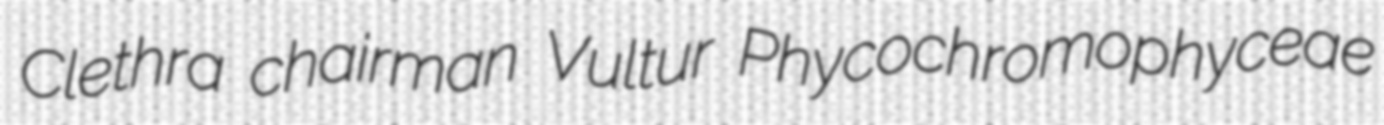
Clethra chairman Vultur Phycochromophyceae